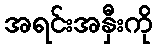
အရင်းအနှီးကို